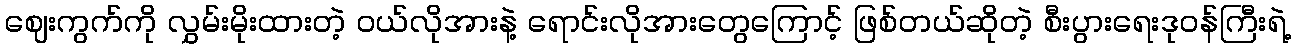
ဈေးကွက်ကို လွှမ်းမိုးထားတဲ့ ဝယ်လိုအားနဲ့ ရောင်းလိုအားတွေကြောင့် ဖြစ်တယ်ဆိုတဲ့ စီးပွားရေးဒုဝန်ကြီးရဲ့